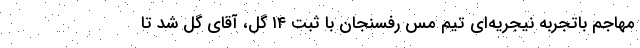
مهاجم باتجربه نیجریه‌ای تیم مس رفسنجان با ثبت ۱۴ گل، آقای گل شد تا